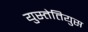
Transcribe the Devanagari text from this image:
युस्तेतियुस